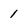
Character: 1